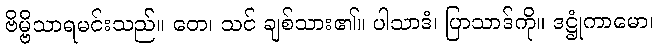
ဗိမ္ဗိသာရမင်းသည်။ တေ၊ သင် ချစ်သား၏။ ပါသာဒံ၊ ပြာသာဒ်ကို။ ဒဋ္ဌုံကာမော၊